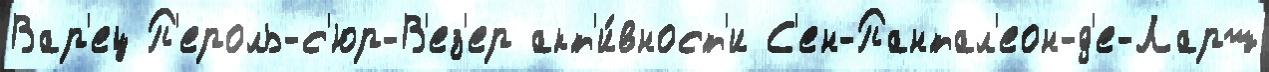
Вар'ец П'ероль-с'юр-В'ез'ер акт'и́вност'и С'ен-Пантал'еон-д'е-Ларш